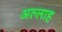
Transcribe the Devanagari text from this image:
अल्‍लाह